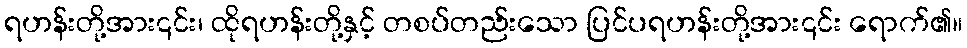
ရဟန်းတို့အား၎င်း၊ ထိုရဟန်းတို့နှင့် တစပ်တည်းသော ပြင်ပရဟန်းတို့အား၎င်း ရောက်၏။